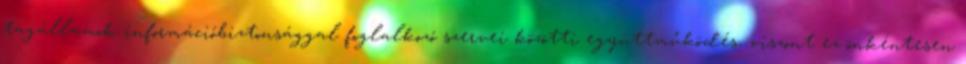
tagállamok információbiztonsággal foglalkozó szervei közötti együttműködés, viszont ez önkéntesen